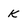
Character: k